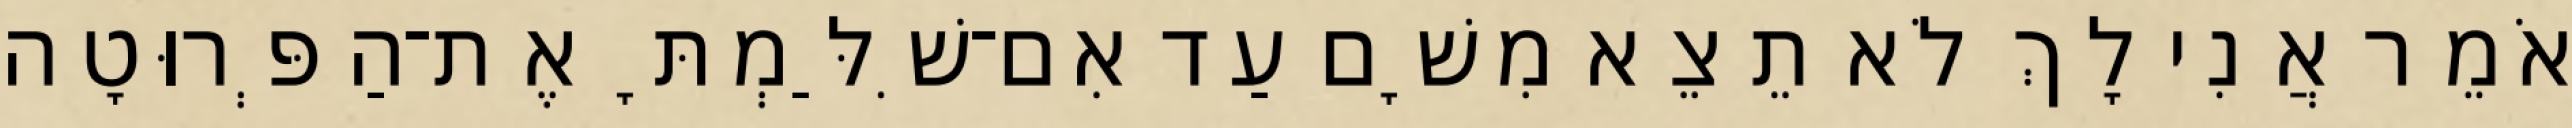
אֹמֵר אֲנִי לָךְ לֹא תֵצֵא מִשָׁם עַד אִם־שִׁלַּמְתָּ אֶת־הַפְּרוּטָה